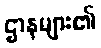
ဌာနများ၏